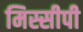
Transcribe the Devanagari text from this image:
मिस्सीपी